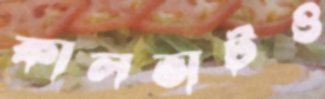
কালভার্টও